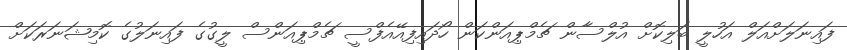
ފައިނަލަށްއަލް އަހުލީ ބަލިކޮށް އުލްސާން ޗެމްޕިއަންކަން ހޯދައިފިއޭއެފްސީ ޗެމްޕިއަންސް ލީގުގެ ފައިނަލުގެ ކޮމިޝަނަރަކަށް